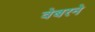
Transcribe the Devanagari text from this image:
वेबरने